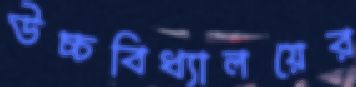
উচ্চবিধ্যালয়ের